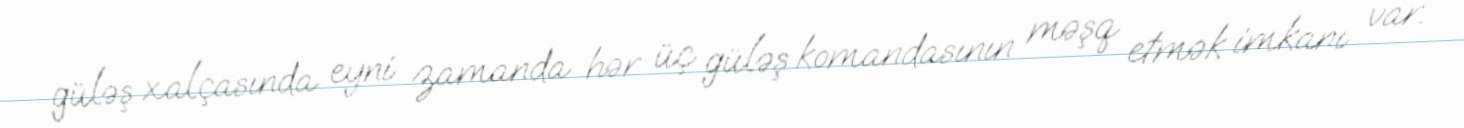
güləş xalçasında eyni zamanda hər üç güləş komandasının məşq etmək imkanı var.